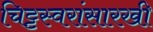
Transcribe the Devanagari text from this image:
चिट्टस्वरांसारखी